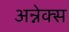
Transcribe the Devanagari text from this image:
अन्नेक्स